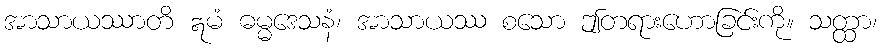
အာသာယဿာတိ ဣမံ ဓမ္မဒေသနံ၊ အာသာယဿ စသော ဤတရားဟောခြင်းကို။ သတ္ထာ၊